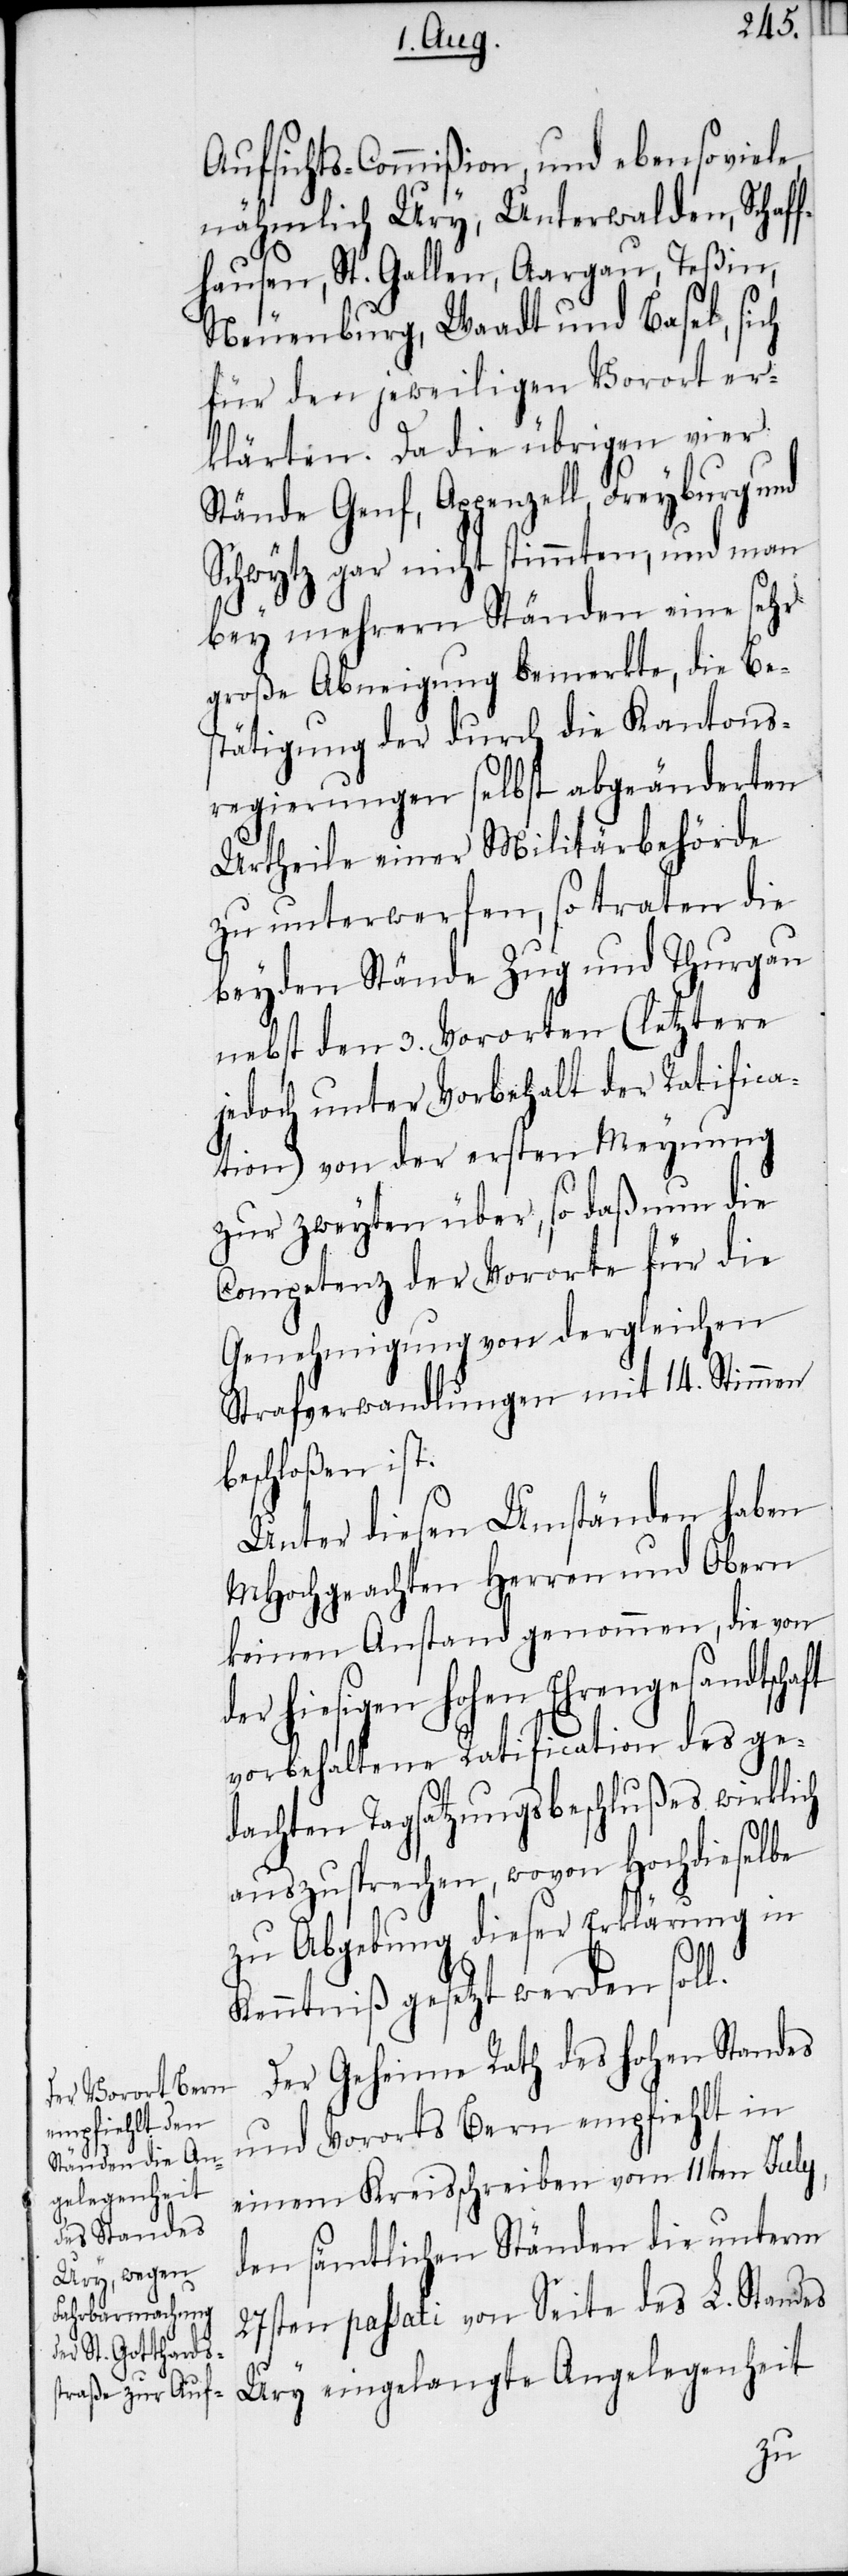
Aufsichts-Commißion, und ebensoviele,
nähmlich Ury, Unterwalden, Schaff¬
hausen, St. Gallen, Aargau, Teßin,
Neuenburg, Waadt und Basel, sich
für den jeweiligen Vorort er¬
klärten. Da die übrigen vier
Stände Genf, Appenzell, Freyburg und
Schwytz gar nicht stimmten, und man
bey mehrern Ständen eine sehr
große Abneigung bemerkte, die Be¬
stätigung der durch die Kantons¬
regierungen selbst abgeänderten
Urtheile einer Militärbehörde
zu unterwerfen, so traten die
beyden Stände Zug und Thurgau
nebst den 3. Vororten (letztere
jedoch unter Vorbehalt der Ratifica¬
tion) von der ersten Meynung
zur zweyten über, so daß nun die
Competenz der Vororte für die
Genehmigung von dergleichen
Strafverwandlungen mit 14. Stimmen
beschloßen ist:
Unter diesen Umständen haben
MHochgeachten Herren und Obern
keinen Anstand genommen, die von
der hiesigen hohen Ehrengesandtschaft
vorbehaltene Ratification des ge¬
dachten Tagsatzungsbeschlußes wirklich
auszusprechen, wovon Hochdieselbe
zu Abgebung dieser Erklärung in
Kenntniß gesetzt werden soll.
Der Geheime Rath des hohen Standes
und Vororts Bern empfiehlt in
einem Kreisschreiben vom 11ten July,
den sämtlichen Ständen die unterm
27sten passati von Seite des L. Standes
Ury eingelangte Angelegenheit